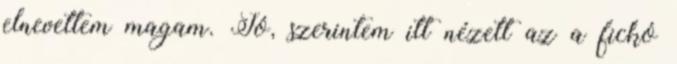
elnevettem magam. Jó, szerintem itt nézett az a fickó